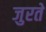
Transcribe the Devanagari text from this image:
जुरते